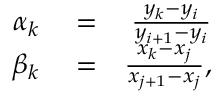
\begin{array} { r l r } { \alpha _ { k } } & { { } = } & { \frac { y _ { k } - y _ { i } } { y _ { i + 1 } - y _ { i } } } \\ { \beta _ { k } } & { { } = } & { \frac { x _ { k } - x _ { j } } { x _ { j + 1 } - x _ { j } } , } \end{array}